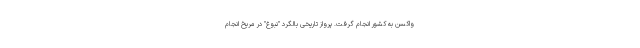
واکسن به کشور انجام گرفت. پرواز تاریخی بالگرد "نبوغ" در مریخ انجام